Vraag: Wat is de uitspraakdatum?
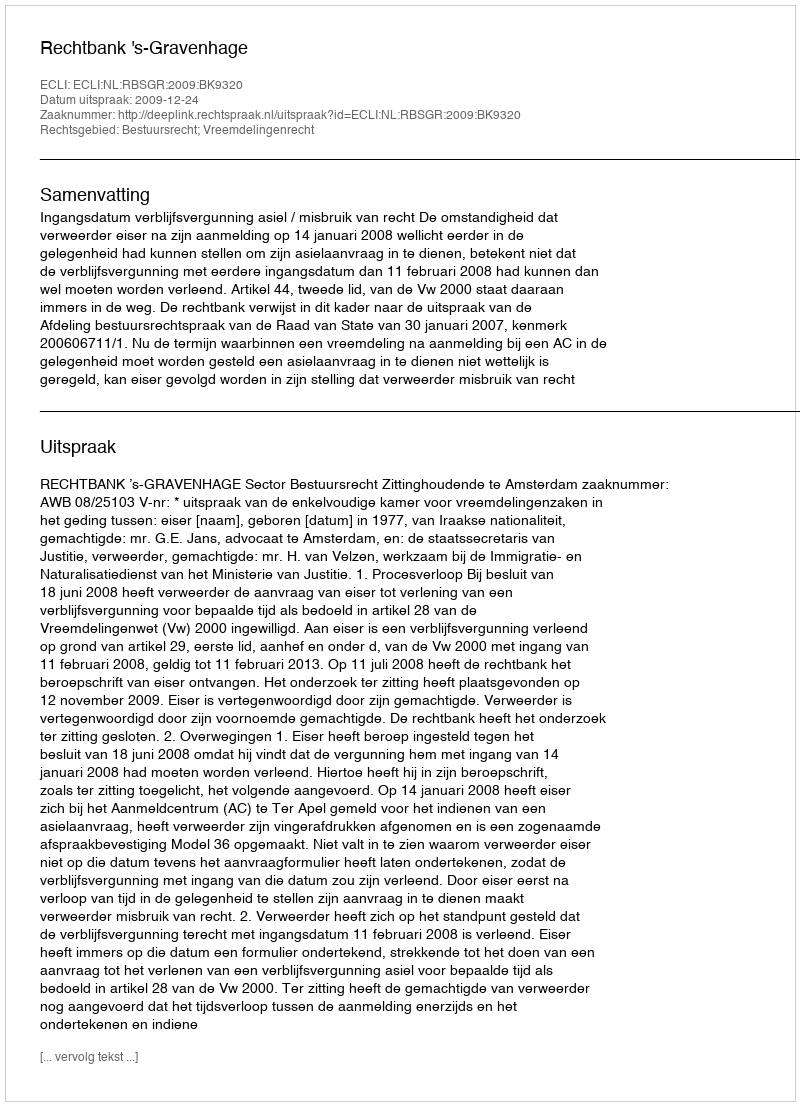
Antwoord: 2009-12-24